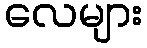
လေများ